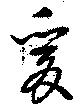
爰